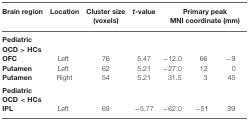
<table><thead><tr><td><b>Brain region</b></td><td><b>Location</b></td><td><b>Cluster size (voxels)</b></td><td><b><i>t</i>-value</b></td><td colspan="3"><b>Primary peak MNI coordinate (mm)</b></td></tr></thead><tbody><tr><td><b>Pediatric</b></td></tr><tr><td><b>OCD &gt; HCs</b></td></tr><tr><td><b>OFC</b></td><td>Left</td><td>76</td><td>5.47</td><td>−12.0</td><td>66</td><td>−9</td></tr><tr><td><b>Putamen</b></td><td>Left</td><td>62</td><td>5.21</td><td>−27.0</td><td>12</td><td>0</td></tr><tr><td><b>Putamen</b></td><td>Right</td><td>54</td><td>5.21</td><td>31.5</td><td>3</td><td>45</td></tr><tr><td><b>Pediatric</b></td></tr><tr><td><b>OCD &lt; HCs</b></td></tr><tr><td><b>IPL</b></td><td>Left</td><td>69</td><td>−5.77</td><td>−62.0</td><td>−51</td><td>39</td></tr></tbody></table>